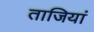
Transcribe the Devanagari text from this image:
ताजियां